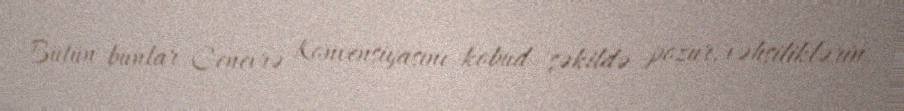
Bütün bunlar Cenevrə Konvensiyasını kobud şəkildə pozur, vəhşiliklərin